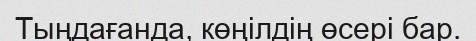
Тыңдағанда, көңілдің өсері бар.